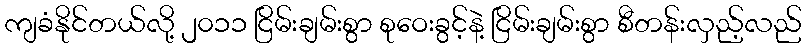
ကျခံနိုင်တယ်လို့ ၂၀၁၁ ငြိမ်းချမ်းစွာ စုဝေးခွင့်နဲ့ ငြိမ်းချမ်းစွာ စီတန်းလှည့်လည်